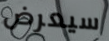
سيعرض